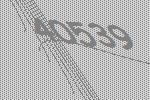
40539